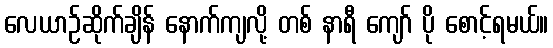
လေယာဉ်ဆိုက်ချိန် နောက်ကျလို့ တစ် နာရီ ကျော် ပို စောင့်ရမယ်။